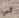
لي